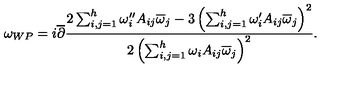
\omega _ { W P } = i \overline { \partial } { \frac { 2 \sum _ { i , j = 1 } ^ { h } \omega _ { i } ^ { \prime \prime } A _ { i j } \overline { \omega } _ { j } - 3 \left( \sum _ { i , j = 1 } ^ { h } \omega _ { i } ^ { \prime } A _ { i j } \overline { \omega } _ { j } \right) ^ { 2 } } { 2 \left( \sum _ { i , j = 1 } ^ { h } \omega _ { i } A _ { i j } \overline { \omega } _ { j } \right) ^ { 2 } } } .